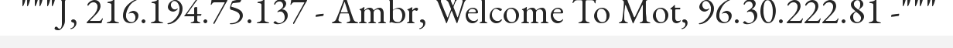
"""J, 216.194.75.137 - Ambr, Welcome To Mot, 96.30.222.81 -"""